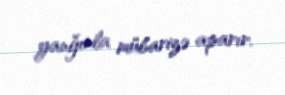
yanğınla mübarizə aparır.